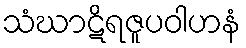
သံဃာဋိရဇူပဝါဟနံ